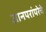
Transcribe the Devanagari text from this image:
ज्ञानपरांपरेचे